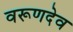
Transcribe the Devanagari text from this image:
वरूणदेव